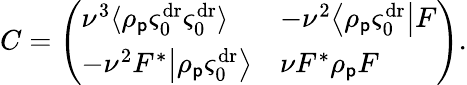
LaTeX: C=\left(\begin{array}{ll}{\nu^{3}\langle\rho_{\mathsf{p}}\varsigma_{0}^{\mathrm{dr}}\varsigma_{0}^{\mathrm{dr}}\rangle}&{-\nu^{2}\big\langle\rho_{\mathsf{p}}\varsigma_{0}^{\mathrm{dr}}\big|F}\\ {-\nu^{2}F^{*}\big|\rho_{\mathsf{p}}\varsigma_{0}^{\mathrm{dr}}\big\rangle}&{\nu F^{*}\rho_{\mathsf{p}}F}\end{array}\right).